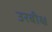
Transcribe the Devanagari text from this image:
उरबीक्ष